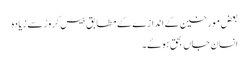
بعض مورخین کے اندازے کے مطابق بیس کروڑ سے زیادہ
انسان جاں بحق ہوۓ۔